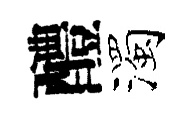
醴濁